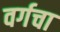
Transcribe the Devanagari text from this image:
वर्गचा